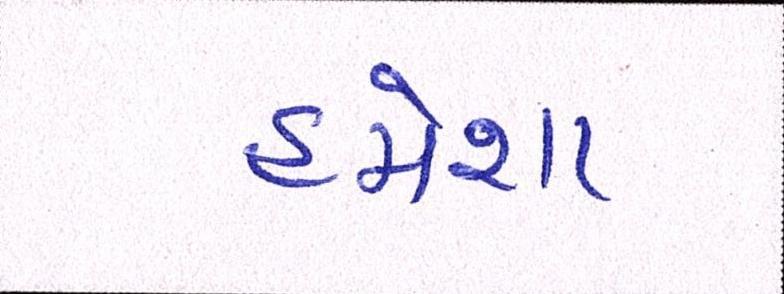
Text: હંમેશા